Plague in India, 1896, 1897 - Volume 1
Year: 1896
Disease focus: Plague
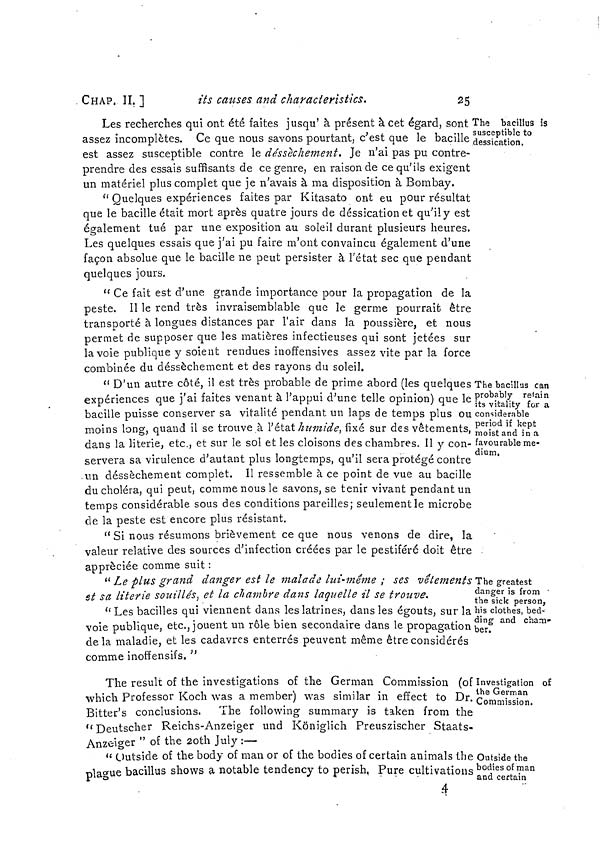
CHAP. II. ]
its causes and characteristics.
25
The bacillus is
susceptible to
dessication.
Les recherches qui ont été faites jusqu' à présent à, cet égard, sont
assez incomplètes. Ce que nous savons pourtant, c'est que le bacille
est assez susceptible contre le dessèchement. Je n'ai pas pu contre-
prendre des essais suffisants de ce genre, en raison de ce qu'ils exigent
un matériel plus complet que je n'avais à ma disposition à Bombay.
" Quelques expériences faites par Kitasato ont eu pour résultat
que le bacille était mort après quatre jours de déssication et qu'ily est
également tué par une exposition au soleil durant plusieurs heures.
Les quelques essais que j'ai pu faire m'ont convaincu également d'une
façon absolue que le bacille ne peut persister à l'état sec que pendant
quelques jours.
" Ce fait est d'une grande importance pour la propagation de la
peste. Il le rend très invraisemblable que le germe pourrait être
transporté à longues distances par l'air dans la poussière, et nous
permet de supposer que les matières infectieuses qui sont jetées sur
la voie publique y soient rendues inoffensives assez vite par la force
combinée du dessèchement et des rayons du soleil.
The bacillus can
probably retain
its vitality for a
considerable
period if kept
moist and in a
favourable me-
dium.
" D'un autre côté, il est très probable de prime abord (les quelques
expériences que j'ai faites venant à l'appui d'une telle opinion) que le
bacille puisse conserver sa vitalité pendant un laps de temps plus ou
moins long, quand il se trouve à l'état humide, fixé sur des vêtements,
dans la literie, etc., et sur le sol et les cloisons des chambres. Il y con-
servera sa virulence d'autant plus longtemps, qu'il sera protégé contre
un dessèchement complet. Il ressemble à ce point de vue au bacille
du choléra, qui peut, comme nous le savons, se tenir vivant pendantun
temps considérable sous des conditions pareilles; seulement le microbe
de la peste est encore plus résistant.
" Si nous résumons brièvement ce que nous venons de dire, la
valeur relative des sources d'infection créées par le pestiféré doit être
appréciée comme suit :
The greatest
danger is from
the sick person,
his clothes, bed-
ding and cham-
ber.
" Le plus grand danger est le malade lui-même ; ses vêtements
et sa literie souillés, et la chambre dans laquelle il se trouve.
" Les bacilles qui viennent dans les latrines, dans les égouts, sur la
voie publique, etc., jouent un rôle bien secondaire dans le propagation
de la maladie, et les cadavres enterrés peuvent même être considérés
comme inoffensifs. "
Investigation of
the German
Commission.
The result of the investigations of the German Commission (of
which Professor Koch was a member) was similar in effect to Dr.
Bitter's conclusions. The following summary is taken from the
"Deutscher Reichs-Anzeiger und Königlich Preuszischer Staats-
Anzeiger " of the 2oth July :—
Outside the
bodies of man
and certain
" Outside of the body of man or of the bodies of certain animals the
plague bacillus shows a notable tendency to perish, Pure cultivations
4